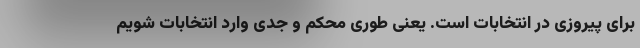
برای پیروزی در انتخابات است. یعنی طوری محکم و جدی وارد انتخابات شویم